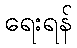
ရေးရန်